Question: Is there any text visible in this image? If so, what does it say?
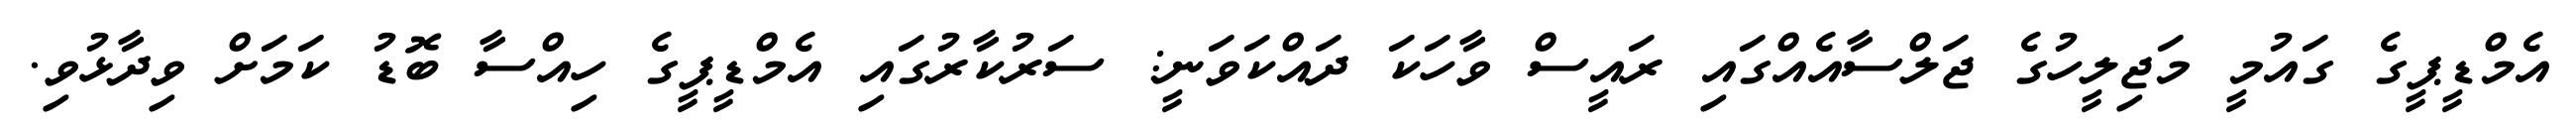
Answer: އެމްޑީޕީގެ ގައުމީ މަޖިލީހުގެ ޖަލްސާއެއްގައި ރައީސް ވާހަކަ ދައްކަވަނީ: ސަރުކާރުގައި އެމްޑީޕީގެ ހިއްސާ ބޮޑު ކަމަށް ވިދާޅުވި.